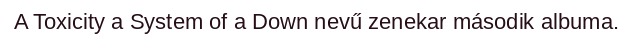
A Toxicity a System of a Down nevű zenekar második albuma.